Calcutta medical institutions reports 1871-78
Year: 1871
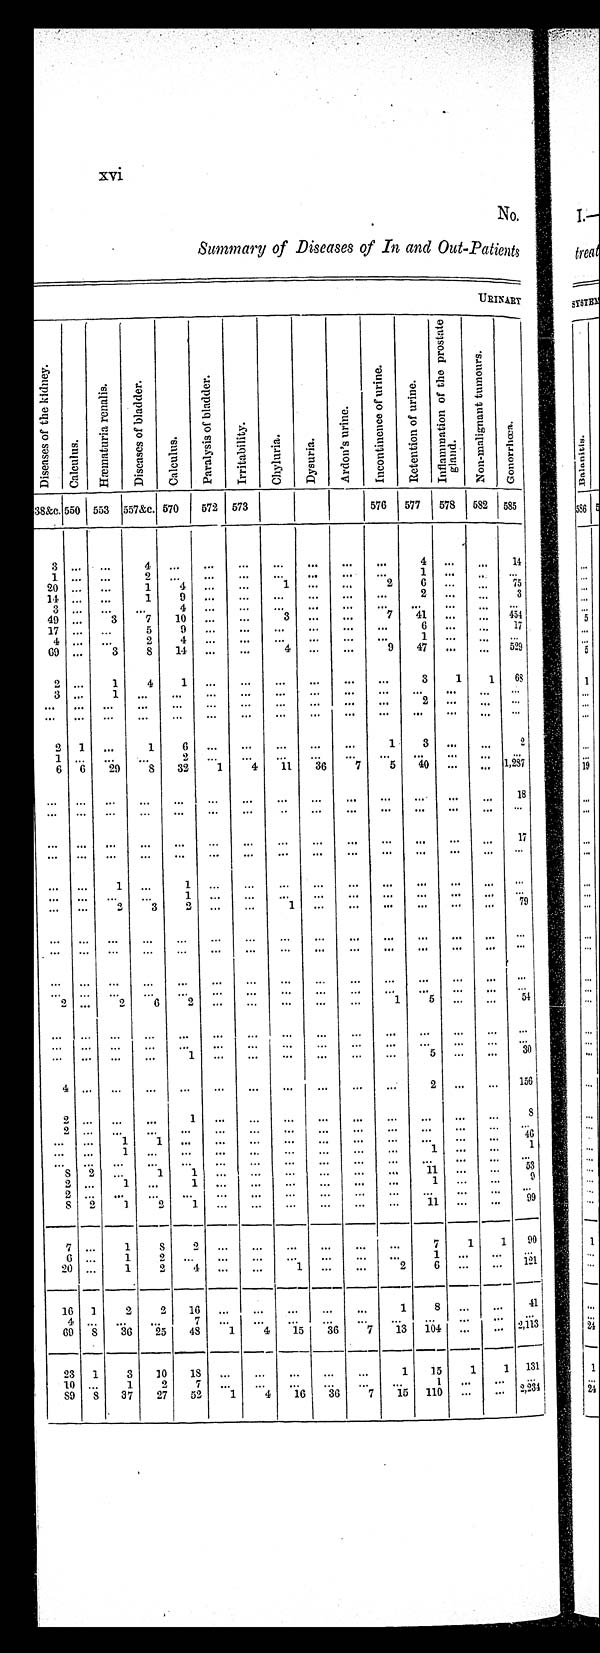
xvi
No.
Summary of Diseases of In and Out-Patients
U R I N A R Y
D i s e a s e s o f t h e k i d n e y .
C a l c u l u s .
H æ m a t u r i a r e n a l i s .
D i s e a s e s o f b l a d d e r .
Ca l c u l u s .
P a r a l y s i s o f b l a d d e r .
I r r i t a b i l i t y .
Chyl ur i a.
Dys ur i a.
A r d o n ' s u r i n e .
I n c o n t i n e n c e o f u r i n e .
R e t e n t i o n o f u r i n e .
I n f l a m m a t i o n o f t h e P r o s t a t e g l a n d .
N o n - m a l i g n a n t t u m o u r s .
Go n o r r h œa .
38&c. 550 553 557&c. 570
572 573
576 577 578 582 585
3 ...
...
4 ...
...
...
...
...
...
...
4 ...
...
14
1
. . .
...
2
. . .
...
. . .
...
... ...
. . . 1 ...
...
. . .
20 ... ...
1
4 ...
...
1 ...
...
2
6 ... ...
75
1 4 . . .
...
1
9 ...
. . .
. . .
...
...
. . . 2 ...
...
3
3
. . .
...
...
4 ...
. . .
. . .
...
...
. . .
. . .
...
...
. . .
49 ...
3
7
10 ...
...
3 ...
...
7
41 ...
...
454
17 ... ...
5
9 ...
. . .
. . .
...
...
. . . 6 ... ...
17
4
. . .
...
2
4 ...
...
...
...
...
...
1 ...
...
. . .
69 ...
3
8
14 ...
... 4
...
...
9
47 ... ...
529
2 ...
1
4
1 ...
. . . ...
...
...
...
3
1
1
6 8
3 ...
1 ...
...
...
...
...
...
...
...
...
...
...
...
... ... ... ...
. . .
...
. . .
...
...
...
. . . 2 ... ...
. . .
... ... ...
...
...
...
...
...
...
...
...
... ...
...
. . .
2 1 ...
1
6
...
. . .
...
...
...
1
3 ...
...
2
1
. . .
...
...
2 ...
...
...
...
...
...
...
...
...
. . .
6 6
29
8
32
1
4
11
36
7
5
40 ...
... 1,287
. . . ... ...
...
...
...
...
...
...
...
. . .
. . . ...
...
1 8
. . . . . .
...
...
. . .
...
. . . ...
...
...
. . .
...
...
...
...
... ... ...
...
...
...
...
...
...
...
...
...
...
...
17
. . . . . .
...
...
. . .
...
. . .
...
...
...
. . .
...
...
...
. . .
. . . . . . 1 ...
1 ...
. . .
...
...
...
...
...
...
...
. . .
... ... ... ...
1 ...
. . . ...
...
...
. . . ...
...
...
. . .
. . . . . . 2
3
2 ...
. . . 1 ...
...
...
...
...
...
79
. . . . . .
...
...
. . . ...
...
...
...
...
. . .
...
...
...
. . .
. . .
. . . ...
. . .
. . .
...
. . . ...
...
...
. . .
... ...
...
. . .
... ... ...
...
. . . ...
. . .
...
...
...
. . .
...
...
...
. . .
...
. . .
...
...
. . . . . .
. . .
...
... ...
. . . ...
...
...
. . .
2 ...
2
6
2 ...
. . .
...
...
...
1
5 ... ...
54
... ...
...
...
...
...
. . . ...
...
...
. . . ... ... ...
. . .
. . . . . .
...
...
. . .
...
. . . ...
...
...
. . . ...
... ...
. . .
... . .. ...
...
1 ...
...
...
...
...
...
5 ... ...
30
4
. . .
...
...
. . .
...
. . .
...
...
...
. . . 2 ...
...
156
2
. . .
...
...
1
...
. . .
...
...
...
. . .
. . .
...
...
8
2 ... ...
...
. . .
...
. . .
...
...
...
. . .
. . .
...
...
. . .
. . . . . .
1
1
...
...
...
... ...
...
. . .
. . .
...
...
4 6
. . . . . .
1 ...
. . .
...
. . .
...
... ...
. . . 1
...
...
1
. . . . . .
...
...
. . .
...
. . .
...
...
...
. . .
. . .
...
...
. . .
8 2 ...
1
1 ...
...
... ...
...
...
11 ...
...
53
2
. . .
1
...
1 ...
. . .
...
...
...
. . .
1 ...
...
9
2
. . .
...
...
. . .
...
. . .
...
...
...
. . .
. . .
...
...
. . .
8 2
1 2
1 ...
. . .
...
...
...
. . .
1 1
...
...
9 9
7 ...
1
8
2 ...
. . . ...
...
...
. . .
7
1
1
90
6 ...
1 2
. . .
...
. . .
...
...
...
. . .
1
. . .
. . .
. . .
20 ...
1
2
4 ...
...
1 ...
...
2
6
. . .
. . . 121
16 1
2
2
16 ...
...
...
...
...
1
8 ...
...
41
4
. . .
...
...
7 ...
. . .
...
...
...
. . .
. . .
...
. . .
. . .
69 8
36 25
48
1
4 15
36
7
13 104 ...
. . . 2,113
23 1
3
10
18 ...
...
...
...
...
1
15
1
1 131
10 ...
1
2
7 ...
. . .
...
...
...
. . .
1
. . .
. . .
. . .
8 9
8 37
27
52
1
4
16
36
7
15 110 ...
... 2,234